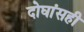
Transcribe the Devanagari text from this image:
दोघांसही